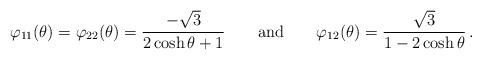
\begin{align*} \varphi_{11}(\theta) = \varphi_{22}(\theta) = \frac{-\sqrt{3}}{2\cosh \theta +1} \qquad {\rm and} \qquad \varphi_{12}(\theta) = \frac{\sqrt{3}}{1-2\cosh \theta } \,.\end{align*}